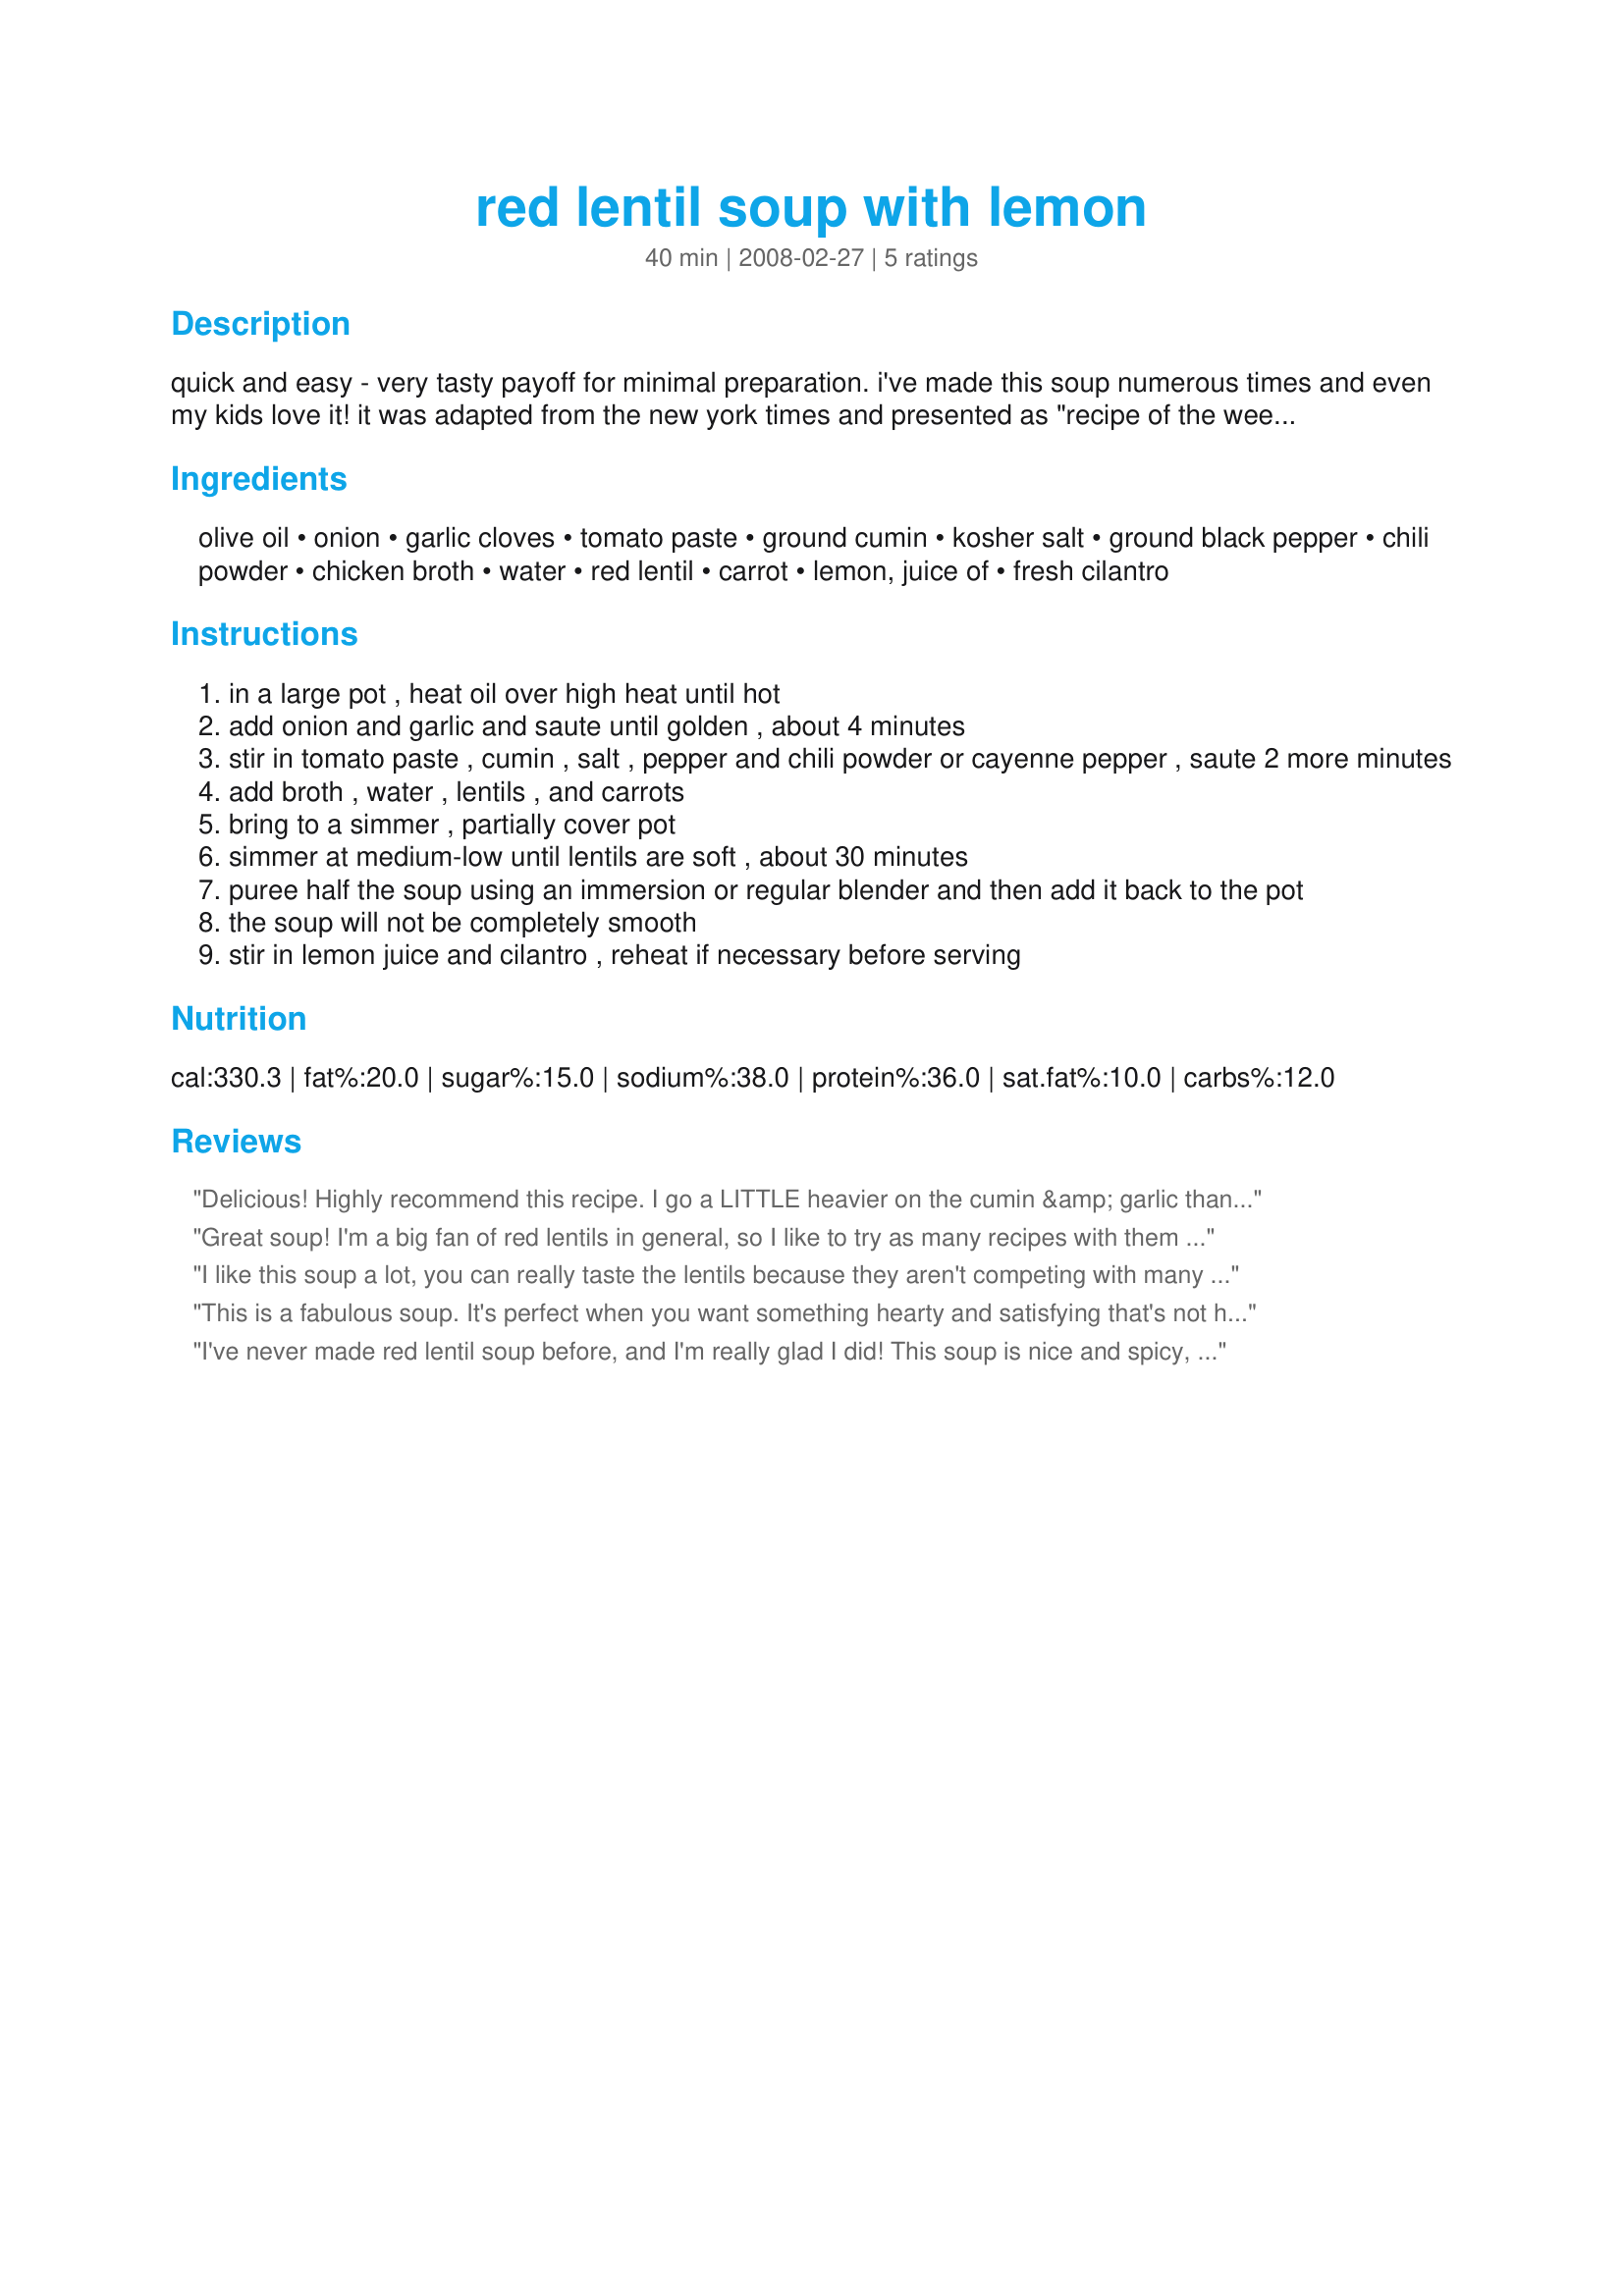
red lentil soup with lemon
Preparation time: 40 minutes

quick and easy - very tasty payoff for minimal preparation. i've made this soup numerous times and even my kids love it! it was adapted from the new york times and presented as "recipe of the week" in the news magazine the week. the best part about this recipe is i've never had to adjust the seasonings (although you might want to reduce the cayenne if your family is sensitive to spicy food). enjoy!

Ingredients:
olive oil, onion, garlic cloves, tomato paste, ground cumin, kosher salt, ground black pepper, chili powder, chicken broth, water, red lentil, carrot, lemon, juice of, fresh cilantro

Steps:
in a large pot , heat oil over high heat until hot
add onion and garlic and saute until golden , about 4 minutes
stir in tomato paste , cumin , salt , pepper and chili powder or cayenne pepper , saute 2 more minutes
add broth , water , lentils , and carrots
bring to a simmer , partially cover pot
simmer at medium-low until lentils are soft , about 30 minutes
puree half the soup using an immersion or regular blender and then add it back to the pot
the soup will not be completely smooth
stir in lemon juice and cilantro , reheat if necessary before serving

Reviews:
Delicious! Highly recommend this recipe. I go a LITTLE heavier on the cumin &amp; garlic than called for. One thing that is always interesting is how many chefs/recipe sharers casually call for a big 'ol bunch of &quot;chopped fresh Cilantro.&quot; Surely you &amp; they know that there are thousands of us who absolutely detest/loathe Cilantro - it has a soapy, chemical taste to us. It's apparently a genetic thing - but it is kind of amusing how one CONSTANTLY see recipes that encourage heavy Cilantro, as though Cilantro magically transforms anything into a mouthwatering treat. Oh GAWD - No!! I find the taste and smell horrible. There is even a website called &quot;I Hate Cilantro,&quot; in which readers comment on their aversion to this stuff. Just sayin.'
Great soup! I'm a big fan of red lentils in general, so I like to try as many recipes with them as I can find. I thought that the bright flavor of the lemon juice was a nice contrast with the earthiness of the lentils. I did increase the cayenne by quite a bit (I didn't measure, but it was probably between 1/2 - 1 teaspoon -- we like it HOT around here!) Other than that, didn't change a thing. I'm glad it made a nice big pot so I can take it in my lunch later this week. Thanks for sharing!
I like this soup a lot, you can really taste the lentils because they aren't competing with many spices or other big flavours. Very satisfying and enjoyed by my children as well. I didn't find the need for the extra water, just used the broth that was called for because my pot was nearly over flowing as it was. I'm glad that was the case though because the consistency was perfect, any more liquid it would have been watery. Thanks for sharing Studio City Girl!
This is a fabulous soup. It's perfect when you want something hearty and satisfying that's not heavy. I've made it twice now, and followed the recipe exactly. Thanks so much!
I've never made red lentil soup before, and I'm really glad I did! This soup is nice and spicy, rich and warming. I did cut the oil in half, and that didn't seem to have any ill effects. I like the contrast between the half blended and half not blended soup. Thanks for sharing! Made for PAC Spring '09.
